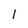
Character: 1